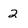
Character: 2